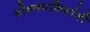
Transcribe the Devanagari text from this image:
जीवनप्रक्रियांची